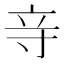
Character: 𮄧